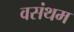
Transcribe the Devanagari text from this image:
वसंथम